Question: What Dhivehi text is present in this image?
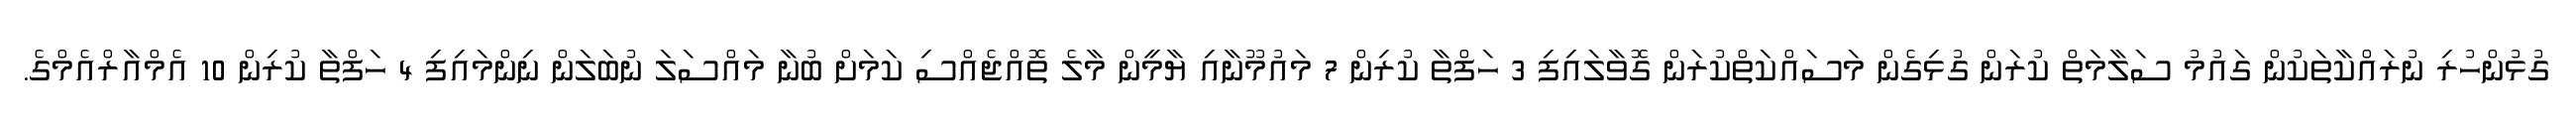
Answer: ގުޅުންހުރި ނުރައްކާތަކުން ގައުމު ސަލާމަތް ކުރަން ގުޅިގެން މަސައްކަތްކުރަން ގޮވާލައިފި 3 ހަފްތާ ކުރިން 7 މައުމޫނާއި ޔާމީން މާލެ ތޮއްޖެއްސި ކަމަށް ބުނާ މައްސަލަ ނުބަލަން ނިންމައިފި 4 ހަފްތާ ކުރިން 10 އެމްއާރްއެމްގެ.